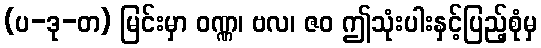
(ပ-ဒု-တ) မြင်းမှာ ဝဏ္ဏ၊ ဗလ၊ ဇဝ ဤသုံးပါးနှင့်ပြည့်စုံမှ